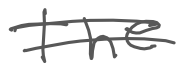
Text: the
Cross-out: double-line
Writing tool: digital_gray